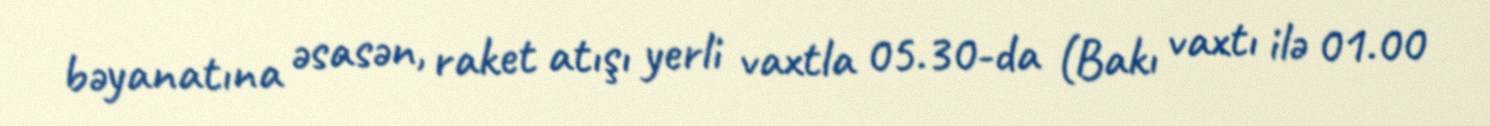
bəyanatına əsasən, raket atışı yerli vaxtla 05.30-da (Bakı vaxtı ilə 01.00